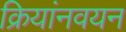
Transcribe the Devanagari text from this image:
क्रियांनवयन